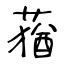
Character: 蕕